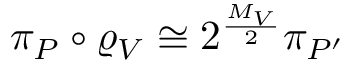
\pi _ { P } \circ \varrho _ { V } \cong 2 ^ { \frac { M _ { V } } { 2 } } \pi _ { P ^ { \prime } }